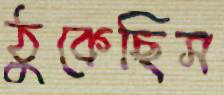
ঠুকেছিস